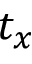
t _ { x }